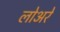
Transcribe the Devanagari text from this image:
लोअरे